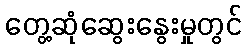
တွေ့ဆုံဆွေးနွေးမှုတွင်